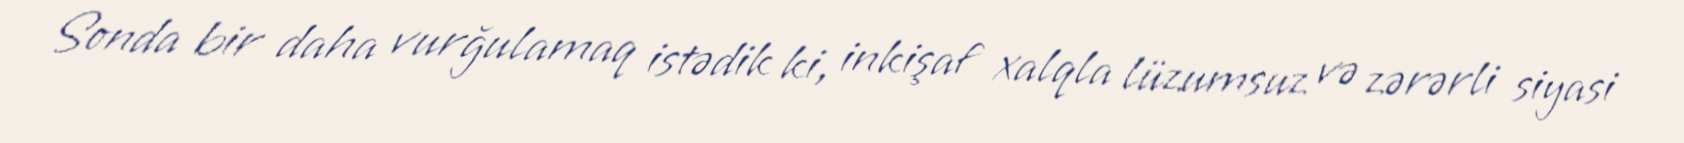
Sonda bir daha vurğulamaq istədik ki, inkişaf xalqla lüzumsuz və zərərli siyasi